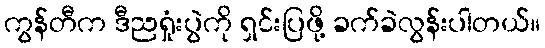
ကွန်တီက ဒီညရှုံးပွဲကို ရှင်းပြဖို့ ခက်ခဲလွန်းပါတယ်။